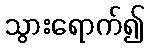
သွားရောက်၍